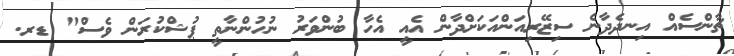
ޗާންސެއް އިނދެދާނެ ސިޒޭރިއަންއަކަށްދާން އެއީ އެހާ ބުންވަރު ނުހުންނާތީ ޕުޝްކުރަން ވެސް" ޑރ.